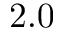
2 . 0